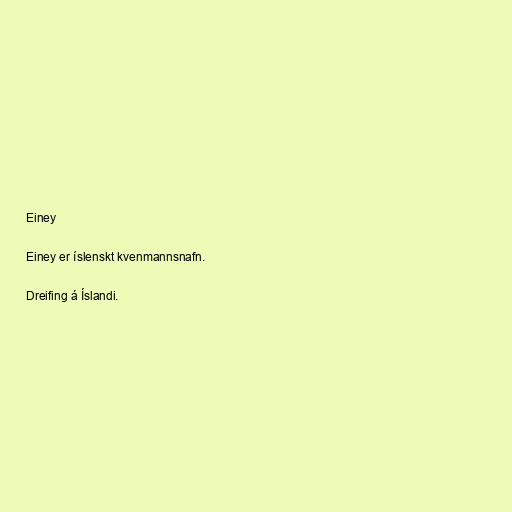
Einey

Einey er íslenskt kvenmannsnafn.

Dreifing á Íslandi.